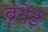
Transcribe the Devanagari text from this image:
ब्रनेई